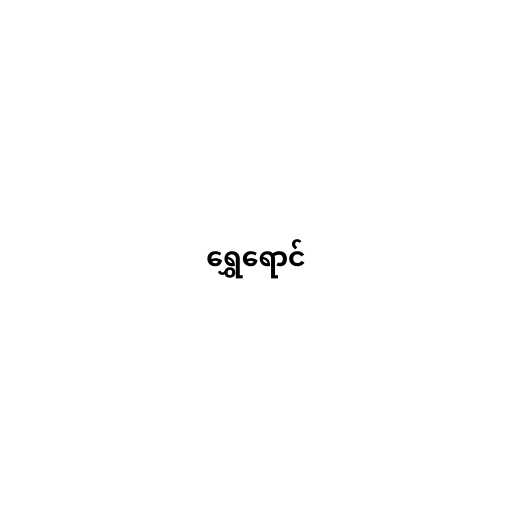
ရွှေရောင်